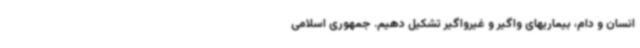
انسان و دام، بیماریهای واگیر و غیرواگیر تشکیل دهیم. جمهوری اسلامی